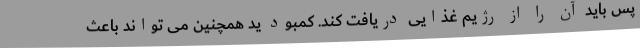
پس باید آن را از رژیم غذایی دریافت کند. کمبود ید همچنین می تواند باعث